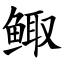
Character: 鲰